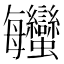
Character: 𧖦